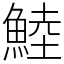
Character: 鯥